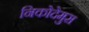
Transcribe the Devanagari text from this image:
निकोदेमुस